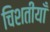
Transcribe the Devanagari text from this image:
चिशतीयाँ